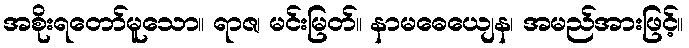
အစိုးရတော်မူသော။ ရာဇ၊ မင်းမြတ်။ နာမဓေယျေန၊ အမည်အားဖြင့်။